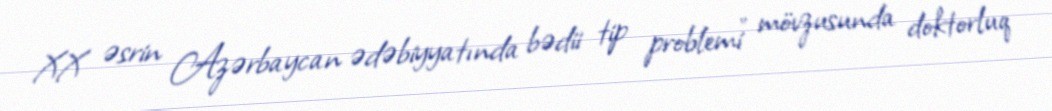
XX əsrin Azərbaycan ədəbiyyatında bədii tip problemi" mövzusunda doktorluq